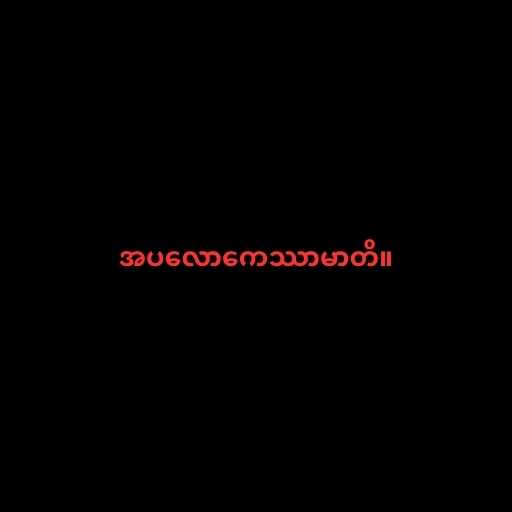
အပလောကေဿာမာတိ။